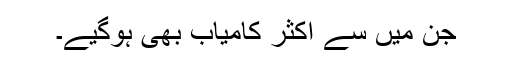
جن میں سے اکثر کامیاب بھی ہوگیے۔